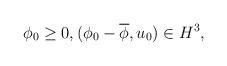
LaTeX: \begin{align*}& \phi_0 \geq 0, (\phi_0-\overline{\phi}, u_0)\in H^3,\end{align*}